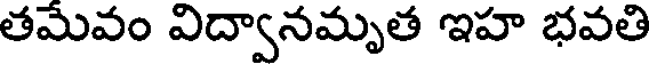
తమేవం విద్వానమృత ఇహ భవతి